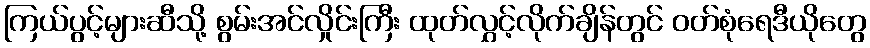
ကြယ်ပွင့်များဆီသို့ စွမ်းအင်လှိုင်းကြီး ထုတ်လွှင့်လိုက်ချိန်တွင် ဝတ်စုံရေဒီယိုတွေ